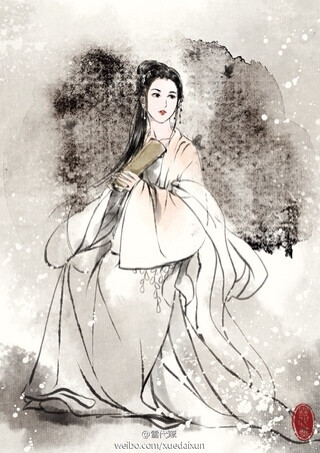
淡荡春光寒食天。玉炉沈水袅残烟。